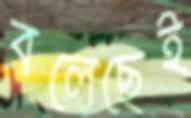
বলেছেই